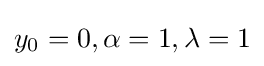
y_{0}=0,\alpha =1,\lambda =1